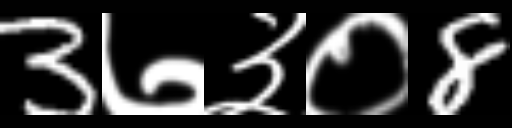
Text: 3७३०8